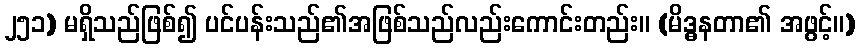
၂၅၁) မရှိသည်ဖြစ်၍ ပင်ပန်းသည်၏အဖြစ်သည်လည်းကောင်းတည်း။ (မိဒ္ဓနတာ၏ အဖွင့်။)